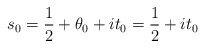
\begin{align*}\begin{aligned}s_0=\frac{1}{2}+\theta_0+i t_0 = \frac{1}{2}+ i t_0\end{aligned}\end{align*}